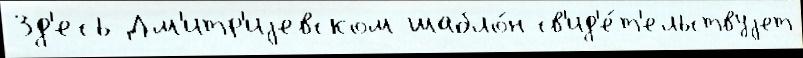
Зд'есь Дм'итр'иjевском шабло́н св'ид'е́т'ельствуjет